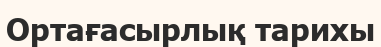
Ортағасырлық тарихы